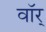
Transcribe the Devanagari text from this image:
वॉर्